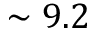
\sim 9 . 2